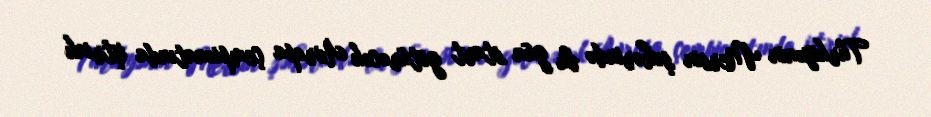
Türkiyənin Mersin şəhərində bu gün start götürəcək Avropa çempionatında iştriak